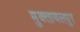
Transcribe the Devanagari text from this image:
मुक्तायलपुर